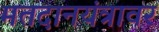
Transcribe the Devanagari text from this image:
मतदानयंत्रावर